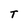
Character: T